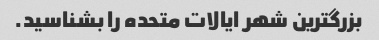
بزرگترین شهر ایالات متحده را بشناسید.